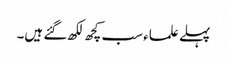
پہلے علماء سب کچھ لکھ گئے ہیں۔